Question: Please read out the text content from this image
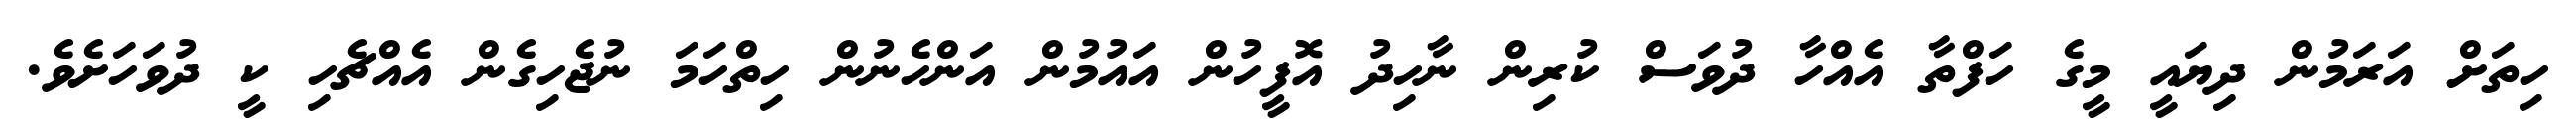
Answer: ހިތަށް އަރަމުން ދިޔައީ މީގެ ހަފްތާ އެއްހާ ދުވަސް ކުރިން ނާހިދު އޮފީހުން އައުމުން އަންހެނުން ހިތްހަމަ ނުޖެހިގެން އެއްޗެހި ކީ ދުވަހަށެވެ.